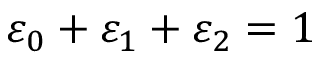
\varepsilon _ { 0 } + \varepsilon _ { 1 } + \varepsilon _ { 2 } = 1